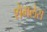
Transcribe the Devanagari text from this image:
शेमलेस